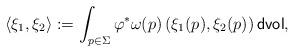
LaTeX: \begin{align*}\langle \xi_1 , \xi_2 \rangle := \int_{p \in \Sigma} \varphi^\ast \omega (p) \left ( \xi_1 (p) , \xi_2 (p) \right ) \mathsf{dvol}, \end{align*}